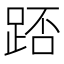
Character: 踎